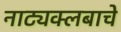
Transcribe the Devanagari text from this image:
नाट्यक्लबाचे